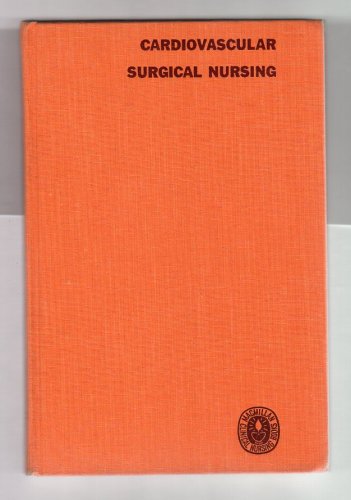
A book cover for Cardiovascular Surgical Nursing (Hardcover) First Edition; Mary E. Fordham R. N.; Medical Books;